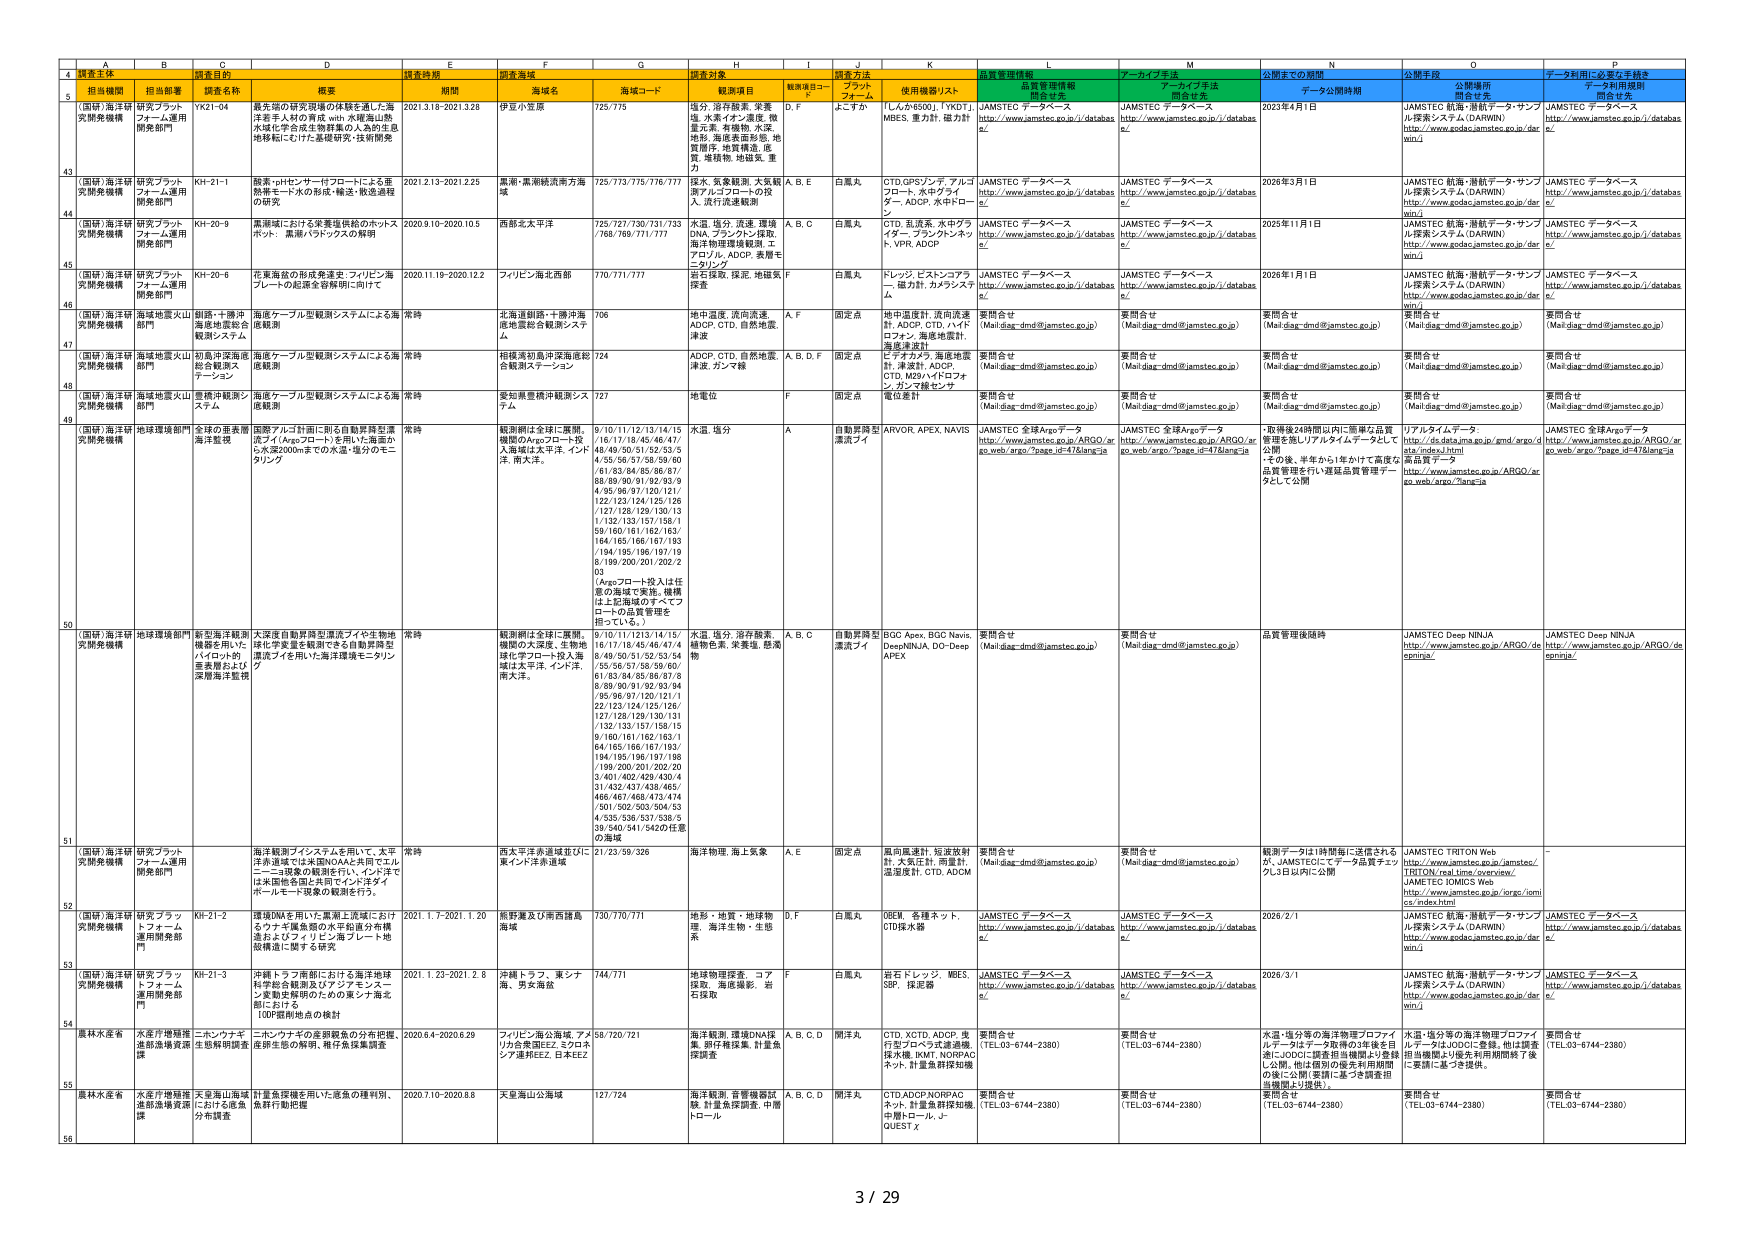
A
B
C
D
E
F
G
H
I
J
K
L
M
N
O
P
4
調査主体
調査名称
調査時期
調査海域
調査対象
調査方法
品質管理情報
アーカイブ手法
公開までの期間
公開手段
データ利用に必要な手続き
5
担当機関
担当部署
概要
期間
海域名
海域コード
観測項目
観測項目コード
プロットフォーム
使用機器/リスト
品質管理情報
開発者名
アーカイブ手法
開発者名
データ公開時期
公開場所
開発者名
データ利用規程
開発者名
(国研)海洋研究開発機構
研究プラットフォーム運用開発部門
YK21-04
最先端の研究現場の体験を通した海洋若手人材の育成 with 水域海山熱水域化学合成生態系の人工的生息地移転にむけた基礎研究・技術開発
2021.3.18-2021.3.28
伊豆小笠原
725/775
塩分, 溶存酸素, 栄養塩, 水素イオン濃度, 微量元素, 有機物, 水深, 地形, 海底表面形態, 地質開発, 地質構造, 底質, 堆積物, 地磁気, 重力
D, F
よこすか
「L-ん#6500」, 「YKDT」, MBES, 重力計, 磁力計
JAMSTEC データベース
http://www.jamstec.go.jp/i/databas e/
JAMSTEC データベース
http://www.jamstec.go.jp/i/databas e/
2023年4月1日
JAMSTEC 航海・潜航データ・サンプル探索システム (DAWIN)
http://www.godac.jamstec.go.jp/dar win/i
JAMSTEC データベース
http://www.jamstec.go.jp/i/databas e/
43
(国研)海洋研究開発機構
研究プラットフォーム運用開発部門
KH-21-1
酸素・pHセンサー付プロートによる亜熱帯帯における水形成・輸送・散逸過程の研究
2021.2.13-2021.2.25
黒潮・黒潮続流南方海域
725/773/775/776/777
探水, 気象観測, 大気観測アノログプロートの投入・流行流速観測
A, B, E
白鳳丸
CTD,GPSソンド, アルゴプロート, 水中アタッチ, AODP, 水中ローラン
JAMSTEC データベース
http://www.jamstec.go.jp/i/databas e/
JAMSTEC データベース
http://www.jamstec.go.jp/i/databas e/
2026年3月1日
JAMSTEC 航海・潜航データ・サンプル探索システム (DAWIN)
http://www.godac.jamstec.go.jp/dar win/i
JAMSTEC データベース
http://www.jamstec.go.jp/i/databas e/
44
(国研)海洋研究開発機構
研究プラットフォーム運用開発部門
KH-20-9
黒潮域における栄養塩供給のホットスポット、黒潮バタリックスの解明
2020.9.10-2020.10.3
西部北太平洋
725/727/730/731/733/768/769/771/777
水温, 塩分, 流速, 環境DNA, ブラシントン採取, 海洋物理環境観測, エアロゾル, AODP, 表層モニタリング
A, B, C
白鳳丸
CTD, 乱流系, 水中グラインダー, ブラシントンネット, VPR, AODP
JAMSTEC データベース
http://www.jamstec.go.jp/i/databas e/
JAMSTEC データベース
http://www.jamstec.go.jp/i/databas e/
2025年11月1日
JAMSTEC 航海・潜航データ・サンプル探索システム (DAWIN)
http://www.godac.jamstec.go.jp/dar win/i
JAMSTEC データベース
http://www.jamstec.go.jp/i/databas e/
45
(国研)海洋研究開発機構
研究プラットフォーム運用開発部門
KH-20-6
花東海盆の形成発達史・ワリピン海プレートの起源を啓発明に向けて
2020.11.19-2020.12.2
フィリピン海北部
770/771/777
岩石採取, 採泥, 地磁気探査
F
白鳳丸
ドレッジ, ビストンコアラー, 磁力計, カラミスアーム
JAMSTEC データベース
http://www.jamstec.go.jp/i/databas e/
JAMSTEC データベース
http://www.jamstec.go.jp/i/databas e/
2026年1月1日
JAMSTEC 航海・潜航データ・サンプル探索システム (DAWIN)
http://www.godac.jamstec.go.jp/dar win/i
JAMSTEC データベース
http://www.jamstec.go.jp/i/databas e/
46
(国研)海洋研究開発機構
海域地震火山部門
創跡・十勝沖海底地震総合観測システム
海底ケーブル型観測システムによる常時観測
常時
北海道創跡・十勝沖海底地震総合観測システム
706
地中温度, 流向流速, AODP, CTD, 自然地震, 津波
A, F
固定点
地中温度計, 流向流速計, AODP, CTD, ハイドロフォン, 海底地震計, 海底変動計
要問合せ
(Mail:dag-dmd@jamstec.go.jp)
要問合せ
(Mail:dag-dmd@jamstec.go.jp)
要問合せ
(Mail:dag-dmd@jamstec.go.jp)
要問合せ
(Mail:dag-dmd@jamstec.go.jp)
要問合せ
(Mail:dag-dmd@jamstec.go.jp)
47
(国研)海洋研究開発機構
海域地震火山部門
初島沖深海底総合観測システム
海底ケーブル型観測システムによる常時観測
常時
相模湾初島沖深海底総合観測ステーション
724
AODP, CTD, 自然地震, 津波, ガンマ線
A, B, D, F
固定点
ビナチカメラ, 海底地震計, 津波計, AODP, CTD, M29・ハイドロフォン, ガンマ線センサ
要問合せ
(Mail:dag-dmd@jamstec.go.jp)
要問合せ
(Mail:dag-dmd@jamstec.go.jp)
要問合せ
(Mail:dag-dmd@jamstec.go.jp)
要問合せ
(Mail:dag-dmd@jamstec.go.jp)
要問合せ
(Mail:dag-dmd@jamstec.go.jp)
48
(国研)海洋研究開発機構
海域地震火山部門
豊崎沖観測システム
海底ケーブル型観測システムによる常時観測
常時
愛知県豊橋沖観測システム
727
地電位
F
固定点
電位差計
要問合せ
(Mail:dag-dmd@jamstec.go.jp)
要問合せ
(Mail:dag-dmd@jamstec.go.jp)
要問合せ
(Mail:dag-dmd@jamstec.go.jp)
要問合せ
(Mail:dag-dmd@jamstec.go.jp)
要問合せ
(Mail:dag-dmd@jamstec.go.jp)
49
(国研)海洋研究開発機構
地球環境部門
全球の亜表層海洋監視
観測アロゴ計画に則る自動昇降型浮標アロゴ(Argoフロート)を用いた、海面から水深2000mまでの水温・塩分のモニタリング
常時
観測網は全球に展開。機関のArgoフロート投入海域は太平洋, インド洋, 南大洋。
9/10/11/12/13/14/15/16/17/18/45/46/47/48/49/50/51/52/53/54/55/56/57/58/59/60/61/63/64/65/66/67/68/69/90/91/92/93/94/95/96/97/120/121/122/123/124/125/126/127/128/129/130/131/132/133/134/135/136/137/138/139/140/141/142/143/144/145/146/147/148/149/150/151/152/153/154/155/156/157/158/159/160/161/162/163/164/165/166/167/168/169/170/171/172/173/174/175/176/177/178/179/180/181/182/183/184/185/186/187/188/189/190/191/192/193/194/195/196/197/198/199/200/201/202/203
(Argoフロート投入は任意の海域で実施。機関は上記海域のすべてフロートの品質管理を担ってい る。)
水温, 塩分
A
自動昇降型漂流計
ARVOR, APEX, NAVIS
JAMSTEC 全球Argoデータ
http://www.jamstec.go.jp/ARGO/argo_web/argo/?page_id=47&lang=ja
JAMSTEC 全球Argoデータ
http://www.jamstec.go.jp/ARGO/argo_web/argo/?page_id=47&lang=ja
・取得後24時間以内に簡単な品質管理を施しリアルタイムデータとして公開
その後、半年から1年かけて高度な品質管理を行い運営品質管理データとして公開
リアルタイムデータ
http://ds.data.jma.go.jp/gmd/endo/ status/index.html
高品質データ
http://www.jamstec.go.jp/ARGO/argo_web/argo/?lang=ja
JAMSTEC 全球Argoデータ
http://www.jamstec.go.jp/ARGO/argo_web/argo/?page_id=47&lang=ja
50
(国研)海洋研究開発機構
地球環境部門
新型海洋観測機器を用いたバロット的産業観測および深層海洋監視
大深度自動昇降型漂流フイオ生物地球化学型を観測できる自動昇降型漂流フイを用いた海洋環境モニタリング
常時
観測網は全球に展開。機関の大深度, 生物地球化学フロート投入海域は太平洋, インド洋, 南大洋。
9/10/11/12/13/14/15/16/17/18/45/46/47/48/49/50/51/52/53/54/55/56/57/58/59/60/61/63/64/65/66/67/68/69/90/91/92/93/94/95/96/97/120/121/122/123/124/125/126/127/128/129/130/131/132/133/134/135/136/137/138/139/140/141/142/143/144/145/146/147/148/149/150/151/152/153/154/155/156/157/158/159/160/161/162/163/164/165/166/167/168/169/170/171/172/173/174/175/176/177/178/179/180/181/182/183/184/185/186/187/188/189/190/191/192/193/194/195/196/197/198/199/200/201/202/203/401/402/429/430/431/432/437/438/465/466/467/468/473/474/501/502/503/504/534/535/536/537/538/539/540/541/542/075番の海域
水温, 塩分, 溶存酸素, 植物色素, 栄養塩, 懸濁物
A, B, C
自動昇降型漂流計
BGC Apex, BGC Navis, DeepNINJA, DO-DeepAPEX
要問合せ
(Mail:dag-dmd@jamstec.go.jp)
要問合せ
(Mail:dag-dmd@jamstec.go.jp)
品質管理後随時
JAMSTEC Deep NINJA
http://www.jamstec.go.jp/ARGO/de epninja/
JAMSTEC Deep NINJA
http://www.jamstec.go.jp/ARGO/de epninja/
51
(国研)海洋研究開発機構
研究プラットフォーム運用開発部門
海洋観測プリンシステムを用いて、太平洋赤道域では米国NOAAと共にロエル二三段章の観測を行い、インド洋では米国他各国と共同でインド洋ダイポールモード現象の観測を行う。
常時
西太平洋赤道域並びに東インド洋赤道域
21/23/59/326
海洋物理, 海上気象
A, E
固定点
風向風速計, 短波放射計, 大気圧計, 雨量計, 温度計, CTD, ADOM
要問合せ
(Mail:dag-dmd@jamstec.go.jp)
要問合せ
(Mail:dag-dmd@jamstec.go.jp)
観測データは1時間毎に送信されるが、JAMSTECにてデータ品質チェックは日以内に公開
JAMSTEC TRITON Web
http://www.jamstec.go.jp/jamstec/ TRITON/real_time/overview/
JAMSTEC IOMICS Web
http://www.jamstec.go.jp/org/rom cs/index.html
-
52
(国研)海洋研究開発機構
研究プラットフォーム運用開発部門
KH-21-2
環境DNAを用いた黒潮上流域におけるウナギ属魚類の水平拡散分布構造およびワリピン海プレート地殻構造に関する研究
2021. 1. 7-2021. 1. 20
熊野灘及び南西諸島海域
730/770/771
地形・地質・地球物理, 海洋生物・生態系
D, F
白鳳丸
OBEK, 各種ネット, CTD採水器
JAMSTEC データベース
http://www.jamstec.go.jp/i/databas e/
JAMSTEC データベース
http://www.jamstec.go.jp/i/databas e/
2026/2/1
JAMSTEC 航海・潜航データ・サンプル探索システム (DAWIN)
http://www.godac.jamstec.go.jp/dar win/i
JAMSTEC データベース
http://www.jamstec.go.jp/i/databas e/
53
(国研)海洋研究開発機構
研究プラットフォーム運用開発部門
KH-21-3
沖縄トラフ南部における海洋地球化学総合観測及びアジャマミスーン変動史解明のための東シナ海北部における
100探査地点の検討
2021. 1. 23-2021. 2. 8
沖縄トラフ、東シナ海、芳文海盆
744/771
地球物理探査、コア掘削、海底撮影、岩石採取
F
白鳳丸
岩石ドレッジ, MBES, SBP, 採泥器
JAMSTEC データベース
http://www.jamstec.go.jp/i/databas e/
JAMSTEC データベース
http://www.jamstec.go.jp/i/databas e/
2026/3/1
JAMSTEC 航海・潜航データ・サンプル探索システム (DAWIN)
http://www.godac.jamstec.go.jp/dar win/i
JAMSTEC データベース
http://www.jamstec.go.jp/i/databas e/
54
農林水産省
水産庁増殖漁業部漁場資源課
二ホンナナギ生態解明調査
二ホンナナギの産卵親魚の分布把握、産卵生態の解明、稚仔魚採集調査
2020.6.4-2020.6.29
フィリピン海公海域, アメリカ合衆国EEZ, エジプトシブ達REEZ, 日本EEZ
58/720/721
海洋観測, 環境DNA採集, 紫外線探集, 計量魚探調査
A, B, C, D
開洋丸
CTD, XCTD, AODP, 流行型プロト式透過度探水機, IKMT, NDRPACネット, 計量魚群探知機
要問合せ
(TEL:03-6744-2380)
要問合せ
(TEL:03-6744-2380)
水温・塩分等の海洋物理プロファイルデータはJODCに登録。他は調査途中にJODCに調査担当機関より登録し公開。他は個別の優先利用期間の後に公開(要請に基づき調査担当機関より提供)。
水温・塩分等の海洋物理プロファイルデータはJODCに登録。他は調査担当機関より優先利用期間終了後に要請に基づき提供。
要問合せ
(TEL:03-6744-2380)
55
農林水産省
水産庁増殖漁業部漁場資源課
天皇海山海域における底魚魚群行動把握
計量魚探機を用いた底魚の種判別、魚群行動把握
2020.7.10-2020.8.8
天皇海山公海域
127/724
海洋観測, 音響機器試験, 計量魚群調査, 中層トロール
A, B, C, D
開洋丸
CTD,AODP,NDRPACネット, 計量魚群探知機, 中層トロール, J-QUEST X
要問合せ
(TEL:03-6744-2380)
要問合せ
(TEL:03-6744-2380)
要問合せ
(TEL:03-6744-2380)
要問合せ
(TEL:03-6744-2380)
要問合せ
(TEL:03-6744-2380)
56
3 / 29